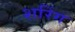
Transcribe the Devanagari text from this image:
शरिंग